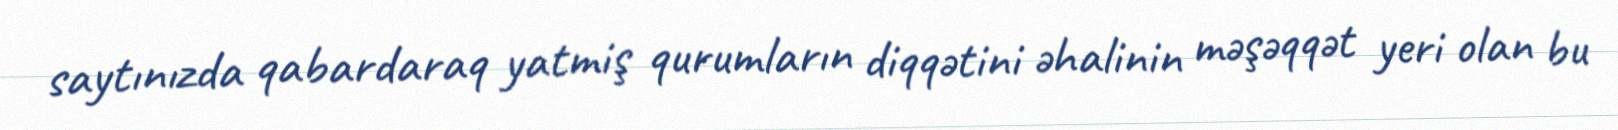
saytınızda qabardaraq yatmiş qurumların diqqətini əhalinin məşəqqət yeri olan bu